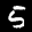
Label: 5